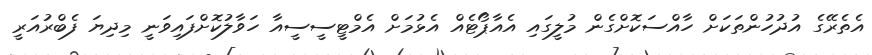
އެތެރޭގެ އުދުހުންތަކަށް ހާއްސަކޮށްގެން މުލީގައި އެއާޕޯޓެއް އެޅުމަށް އެމްޓީސީސީއާ ހަވާލުކޮށްފައިވަނީ މިދިޔަ ފެބްރުއަރީ